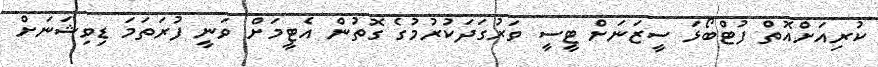
ކުރިއަށްއޮތް ފުޓްބޯޅަ ސީޒަނަށް ޓީސީ ވަރުގަދަކުރުމުގެ ގޮތުން އެޓީމަށް ވަނީ ފުރަތަމަ ޑިވިޝަނަށް